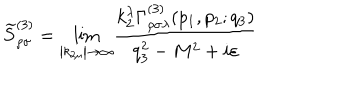
LaTeX: \widetilde { S } _ { \rho \sigma } ^ { ( 3 ) } = { \lim _ { \left| k _ { 2 \mu } \right| \rightarrow \infty } } \frac { k _ { 2 } ^ { \lambda } \Gamma _ { \rho \sigma \lambda } ^ { ( 3 ) } ( p _ { 1 } , p _ { 2 } ; q _ { 3 } ) } { q _ { 3 } ^ { 2 } - M ^ { 2 } + i \varepsilon }